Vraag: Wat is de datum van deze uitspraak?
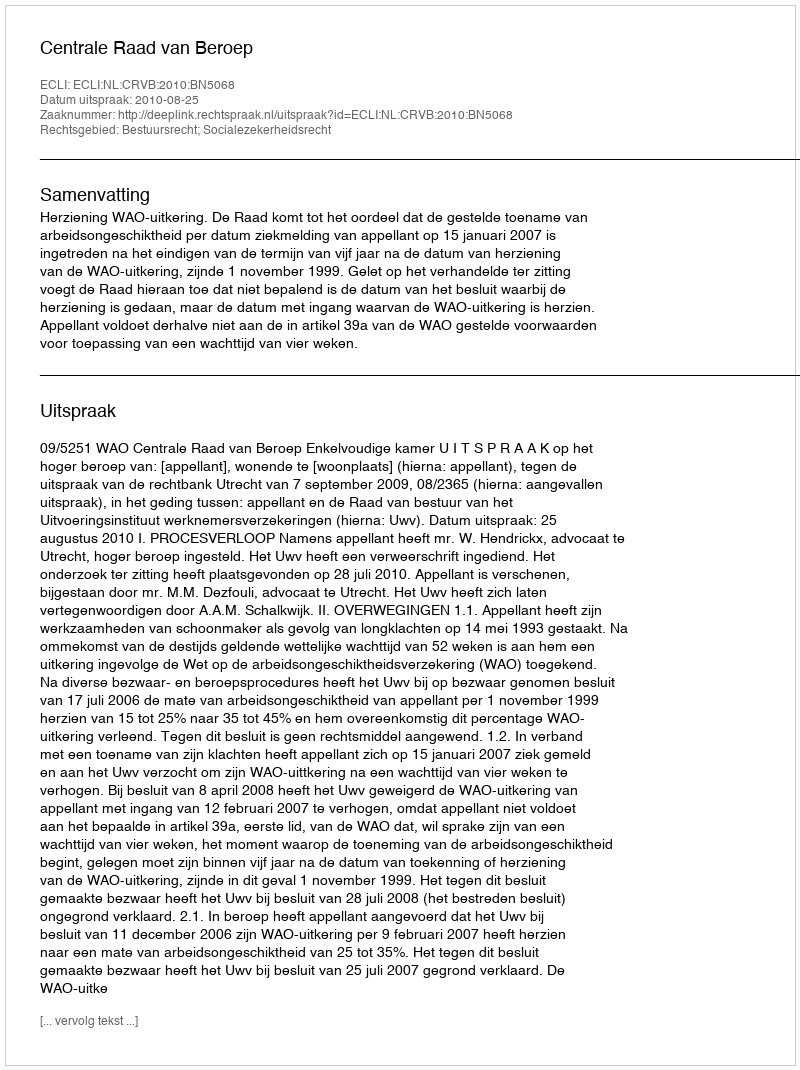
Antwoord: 2010-08-25